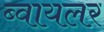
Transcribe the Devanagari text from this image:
ब्वायलर